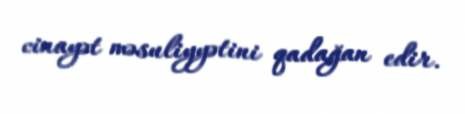
cinayət məsuliyyətini qadağan edir.